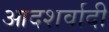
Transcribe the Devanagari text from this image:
आदशर्वादी